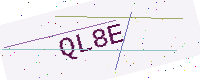
Text: QL8E